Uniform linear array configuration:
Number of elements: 64
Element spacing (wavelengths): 0.5
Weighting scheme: blackman
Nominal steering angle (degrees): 60
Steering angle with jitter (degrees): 59.172
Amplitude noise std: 0.05
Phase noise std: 0.05

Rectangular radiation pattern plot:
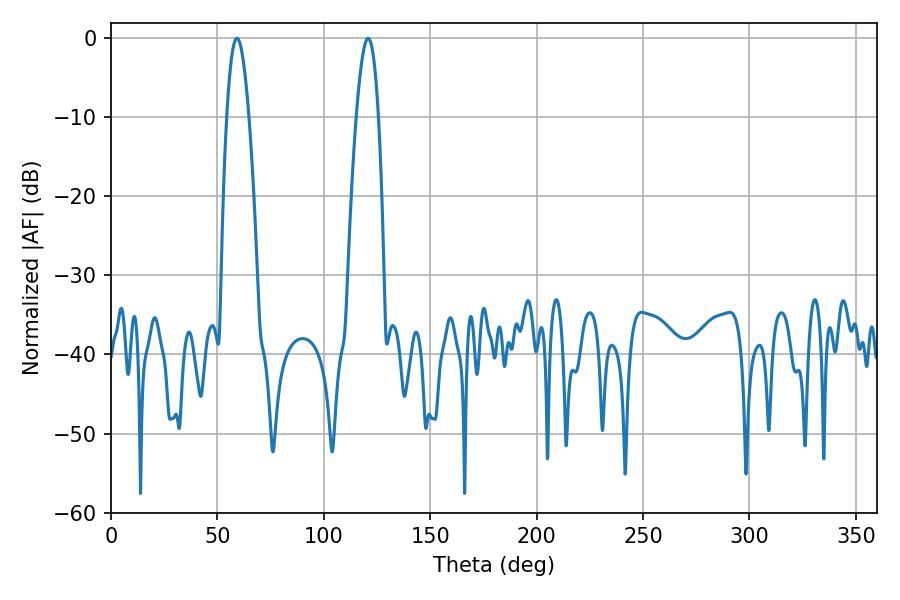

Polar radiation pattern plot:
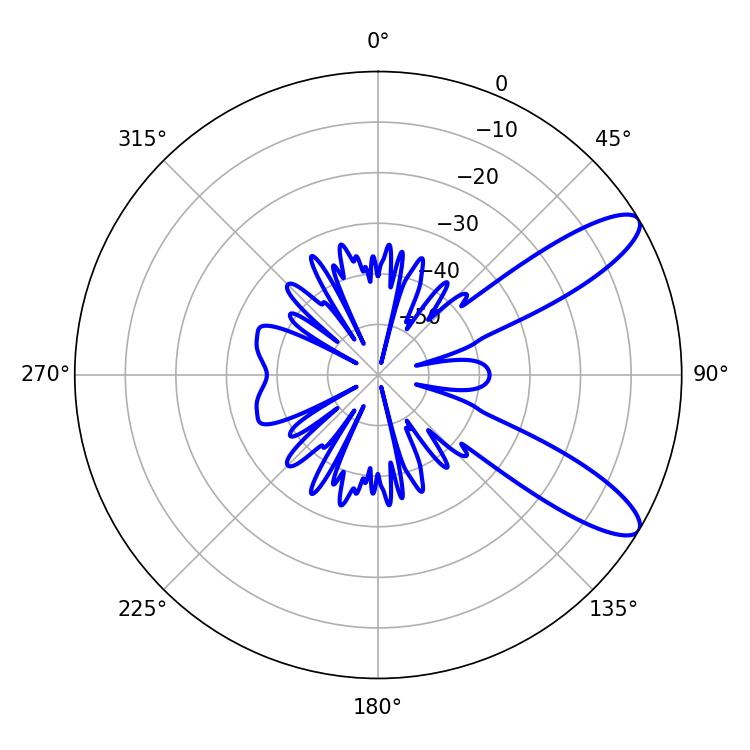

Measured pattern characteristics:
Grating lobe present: FALSE
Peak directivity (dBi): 10.337
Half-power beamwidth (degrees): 5.58
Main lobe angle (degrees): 120.78